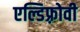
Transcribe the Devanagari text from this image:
एल्डिफ़्रोवी